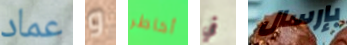
عماد و أخاطر في بإرسال